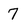
Character: 7